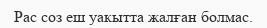
Рас соз еш уакытта жалған болмас.